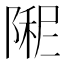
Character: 𫕏